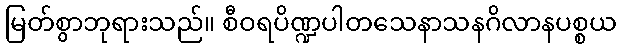
မြတ်စွာဘုရားသည်။ စီဝရပိဏ္ဍပါတသေနာသနဂိလာနပစ္စယ